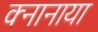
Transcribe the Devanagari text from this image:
क्नानाया